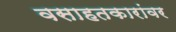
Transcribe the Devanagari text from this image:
वसाहतकारांवर